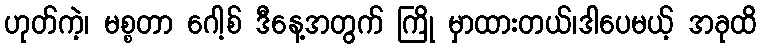
ဟုတ်ကဲ့၊ မစ္စတာ ဂေါ့စ် ဒီနေ့အတွက် ကြို မှာထားတယ်၊ဒါပေမယ့် အခုထိ